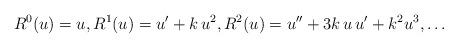
LaTeX: \begin{align*}R^0(u)=u,R^1(u)=u'+k\,u^2, R^2(u)=u''+3k\,u\, u'+ k^2u^3,\ldots \end{align*}